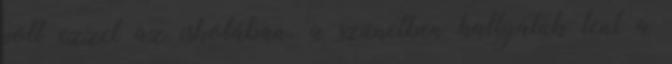
volt ezzel az iskolában. a szünetben hallgatuk lent a